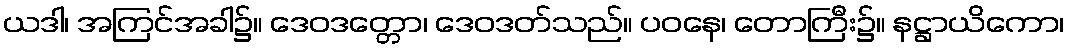
ယဒါ၊ အကြင်အခါ၌။ ဒေဝဒတ္တော၊ ဒေဝဒတ်သည်။ ပဝနေ၊ တောကြီး၌။ နဋ္ဌာယိကော၊